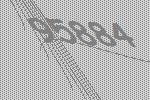
95884